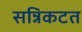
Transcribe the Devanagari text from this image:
सन्निकटत